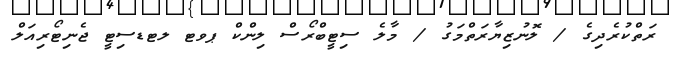
ރަތްކުރެދިގެ / ލޮނުޒިޔާރަތްމަގު / މާލެ ސިޓީބްރޯސް ލިންކް ޕވޓ ލޓޑސިޓީ ޖެނިޓޯރިއަލް